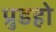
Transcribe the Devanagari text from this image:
प्रुडहो